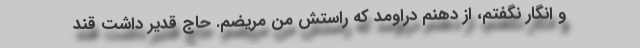
و انگار نگفتم، از دهنم دراومد که راستش من مریضم. حاج قدیر داشت قند